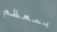
بمعظم